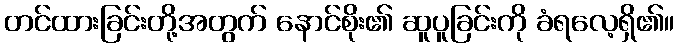
တင်ထားခြင်းတို့အတွက် နောင်စိုး၏ ဆူပူခြင်းကို ခံရလေ့ရှိ၏။